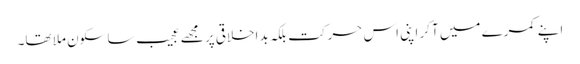
اپنے کمرے میں آکر اپنی اس حرکت بلکہ بداخلاقی پر مجھے عجیب سا سکون ملا تھا۔